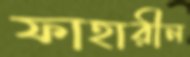
ফাহারীন